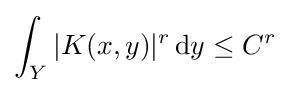
\int _{Y}|K(x,y)|^{r}\,\mathrm {d} y\leq C^{r}